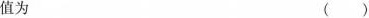
值为()